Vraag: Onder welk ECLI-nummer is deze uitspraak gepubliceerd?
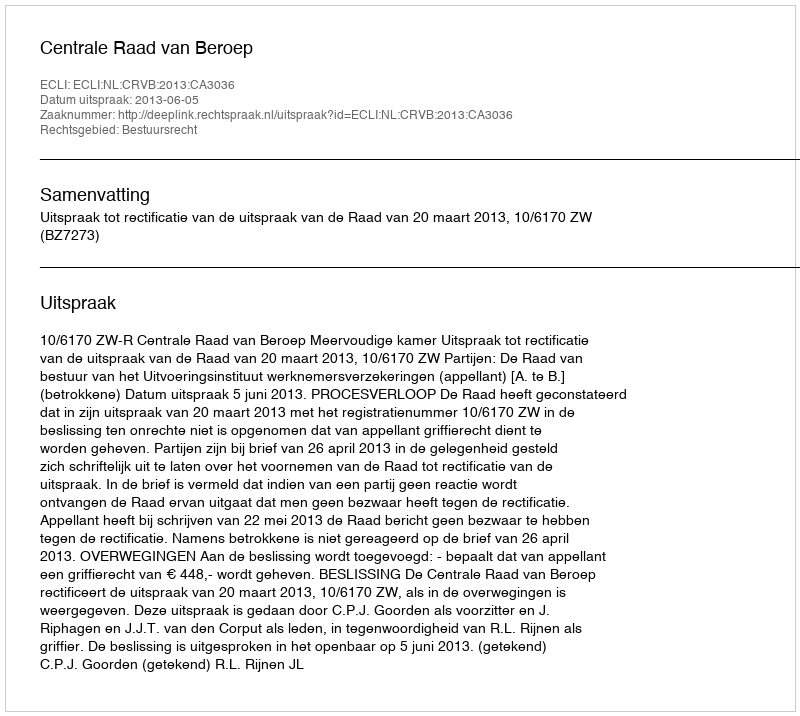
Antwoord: ECLI:NL:CRVB:2013:CA3036